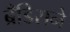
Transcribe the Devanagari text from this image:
ब्रँडिसने